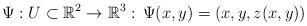
LaTeX: \begin{align*}\Psi:U\subset\Bbb{R}^{2}\to\Bbb{R}^{3}:\, \Psi(x,y)=(x,y,z(x,y))\end{align*}